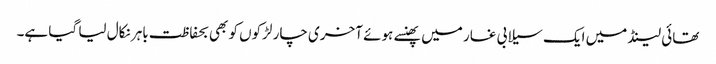
تھائی لینڈ میں ایک سیلابی غار میں پھنسے ہوئے آخری چار لڑکوں کو بھی بحفاظت باہر نکال لیا گیا ہے۔